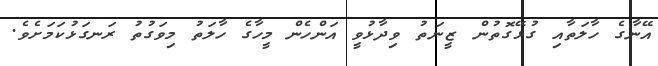
އޭނާގެ ހާލަތާއި ގުޅޭގޮތުން ޒީނަތު ވިދާޅުވީ އަންހެން މީހާގެ ހާލަތު މިވަގުތު ރަނގަޅުކަމަށެވެ.